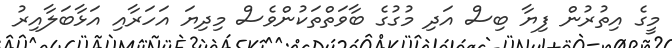
މީގެ އިތުރުން ފިޔާ ބިސް އަދި މުގުގެ ބާވަތްތަކުންވެސް މިދިޔަ އަހަރާއި އަޅާބަލާއިރު